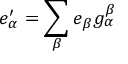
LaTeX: e _ { \alpha } ^ { \prime } = \sum _ { \beta } e _ { \beta } g _ { \alpha } ^ { \beta }